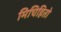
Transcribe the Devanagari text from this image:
मिचिहितो